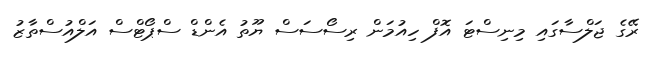
ރޭގެ ޖަލްސާގައި މިނިސްޓަ އޮފް ހިއުމަން ރިސޯސަސް ޔޫތު އެންޑް ސްޕޯޓްސް އަލްއުސްތާޒު